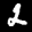
Label: 2